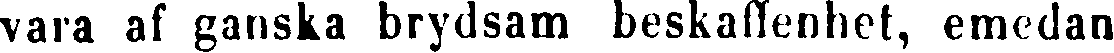
vara al ganska brydsam beskaffenhet, emedan